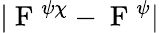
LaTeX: |\mathrm{~F~}^{\psi\chi}-\mathrm{~F~}^{\psi}|